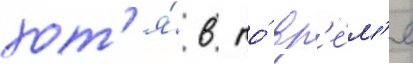
хот'я́ в то́ вр'е́м'я